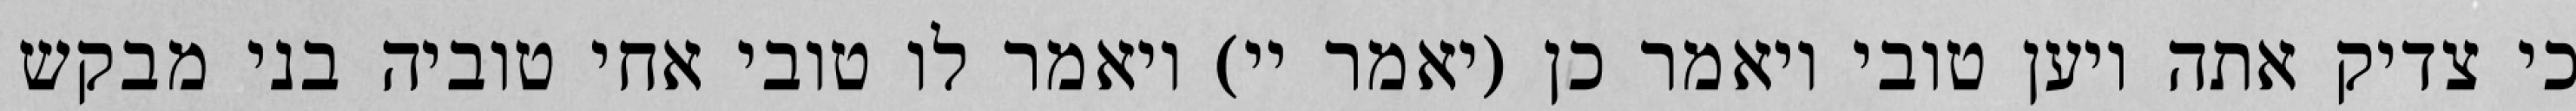
כי צדיק אתה ויען טובי ויאמר כן (יאמר יי) ויאמר לו טובי אחי טוביה בני מבקש